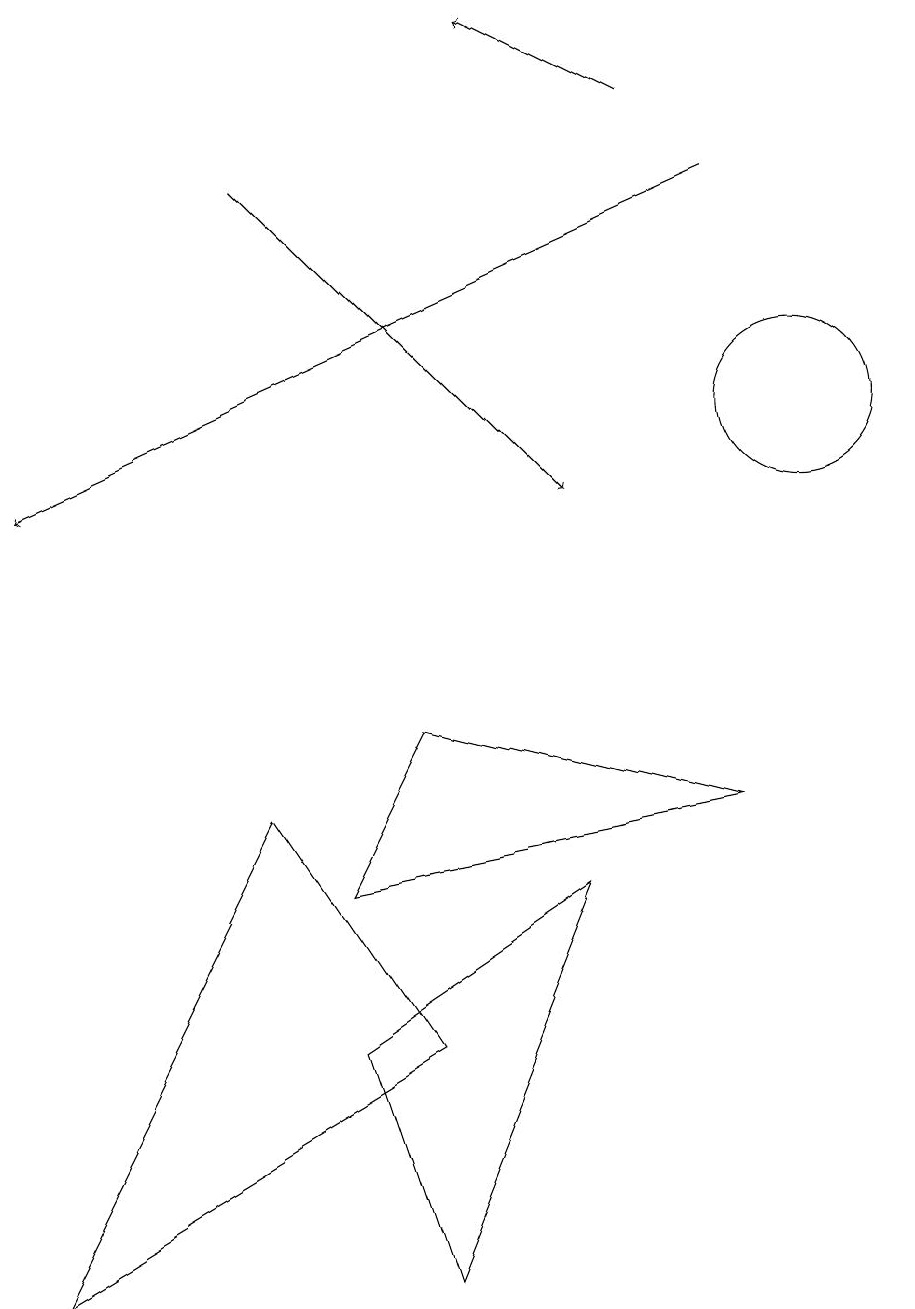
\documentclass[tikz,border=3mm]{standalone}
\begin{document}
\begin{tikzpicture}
\draw[->] (9,15) -- (0,11);
\draw (0,1) -- (5,4) -- (3,7) -- cycle;
\draw[->] (8,16) -- (6,17);
\draw[->] (3,15) -- (7,11);
\draw (4,4) -- (5,1) -- (7,6) -- cycle;
\draw (4,6) -- (5,8) -- (9,7) -- cycle;
\draw (11,10) circle (0);
\draw (10,12) circle (1);
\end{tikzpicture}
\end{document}